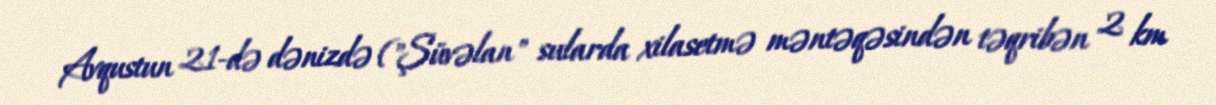
Avqustun 21-də dənizdə ("Şüvəlan" sularda xilasetmə məntəqəsindən təqribən 2 km